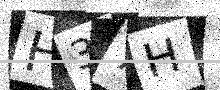
Text: H37H